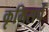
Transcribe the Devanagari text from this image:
कृमिसर्प